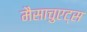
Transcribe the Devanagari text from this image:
मैसाचुएट्स